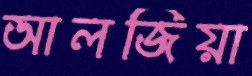
আলজিয়া